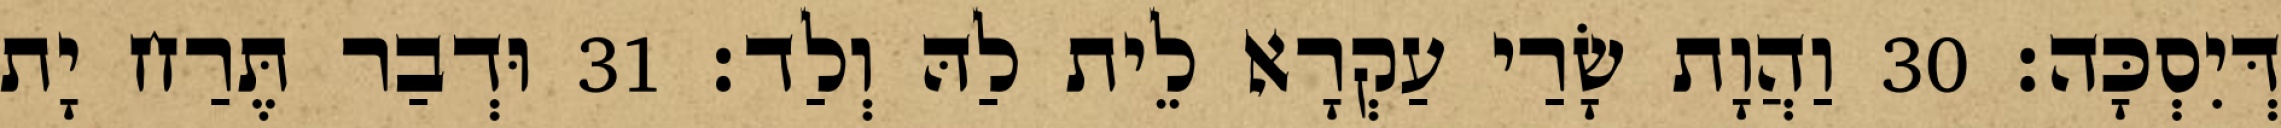
דְּיִסְכָּה׃ 30 וַהֲוָת שָׂרַי עַקְרָא לֵית לַהּ וְלַד׃ 31 וּדְבַר תֶּרַח יָת